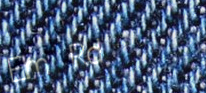
Elm Rd